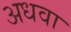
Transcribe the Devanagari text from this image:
अधवा